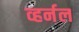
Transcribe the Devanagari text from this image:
व्हर्नल